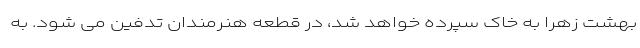
بهشت زهرا به خاک سپرده خواهد شد، در قطعه هنرمندان تدفین می شود. به